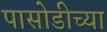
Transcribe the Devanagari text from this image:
पासोडीच्या